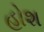
હોશ